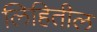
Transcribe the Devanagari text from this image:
लिहितील